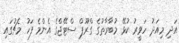
އަދި މިއަދު ހަވީރު ކުޅޭ މުބާރާތުގެ ގްރޫޕް ސްޓޭޖްގެ އެންމެ ފަހު މެޗުގައި